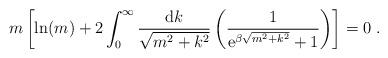
\begin{align*}m \left[ \ln (m) +2 \int_0^{\infty}\frac{{\rm d}k}{\sqrt{m^2+k^2}}\left( \frac{1}{{\rm e}^{\beta \sqrt{m^2+k^2}}+1}\right) \right] = 0 \ .\end{align*}